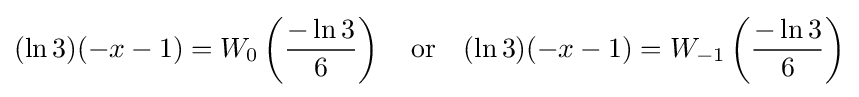
(\ln 3)(-x-1)=W_{0}\left({\frac {-\ln 3}{6}}\right)\ \ \ {\textrm {or}}\ \ \ (\ln 3)(-x-1)=W_{-1}\left({\frac {-\ln 3}{6}}\right)